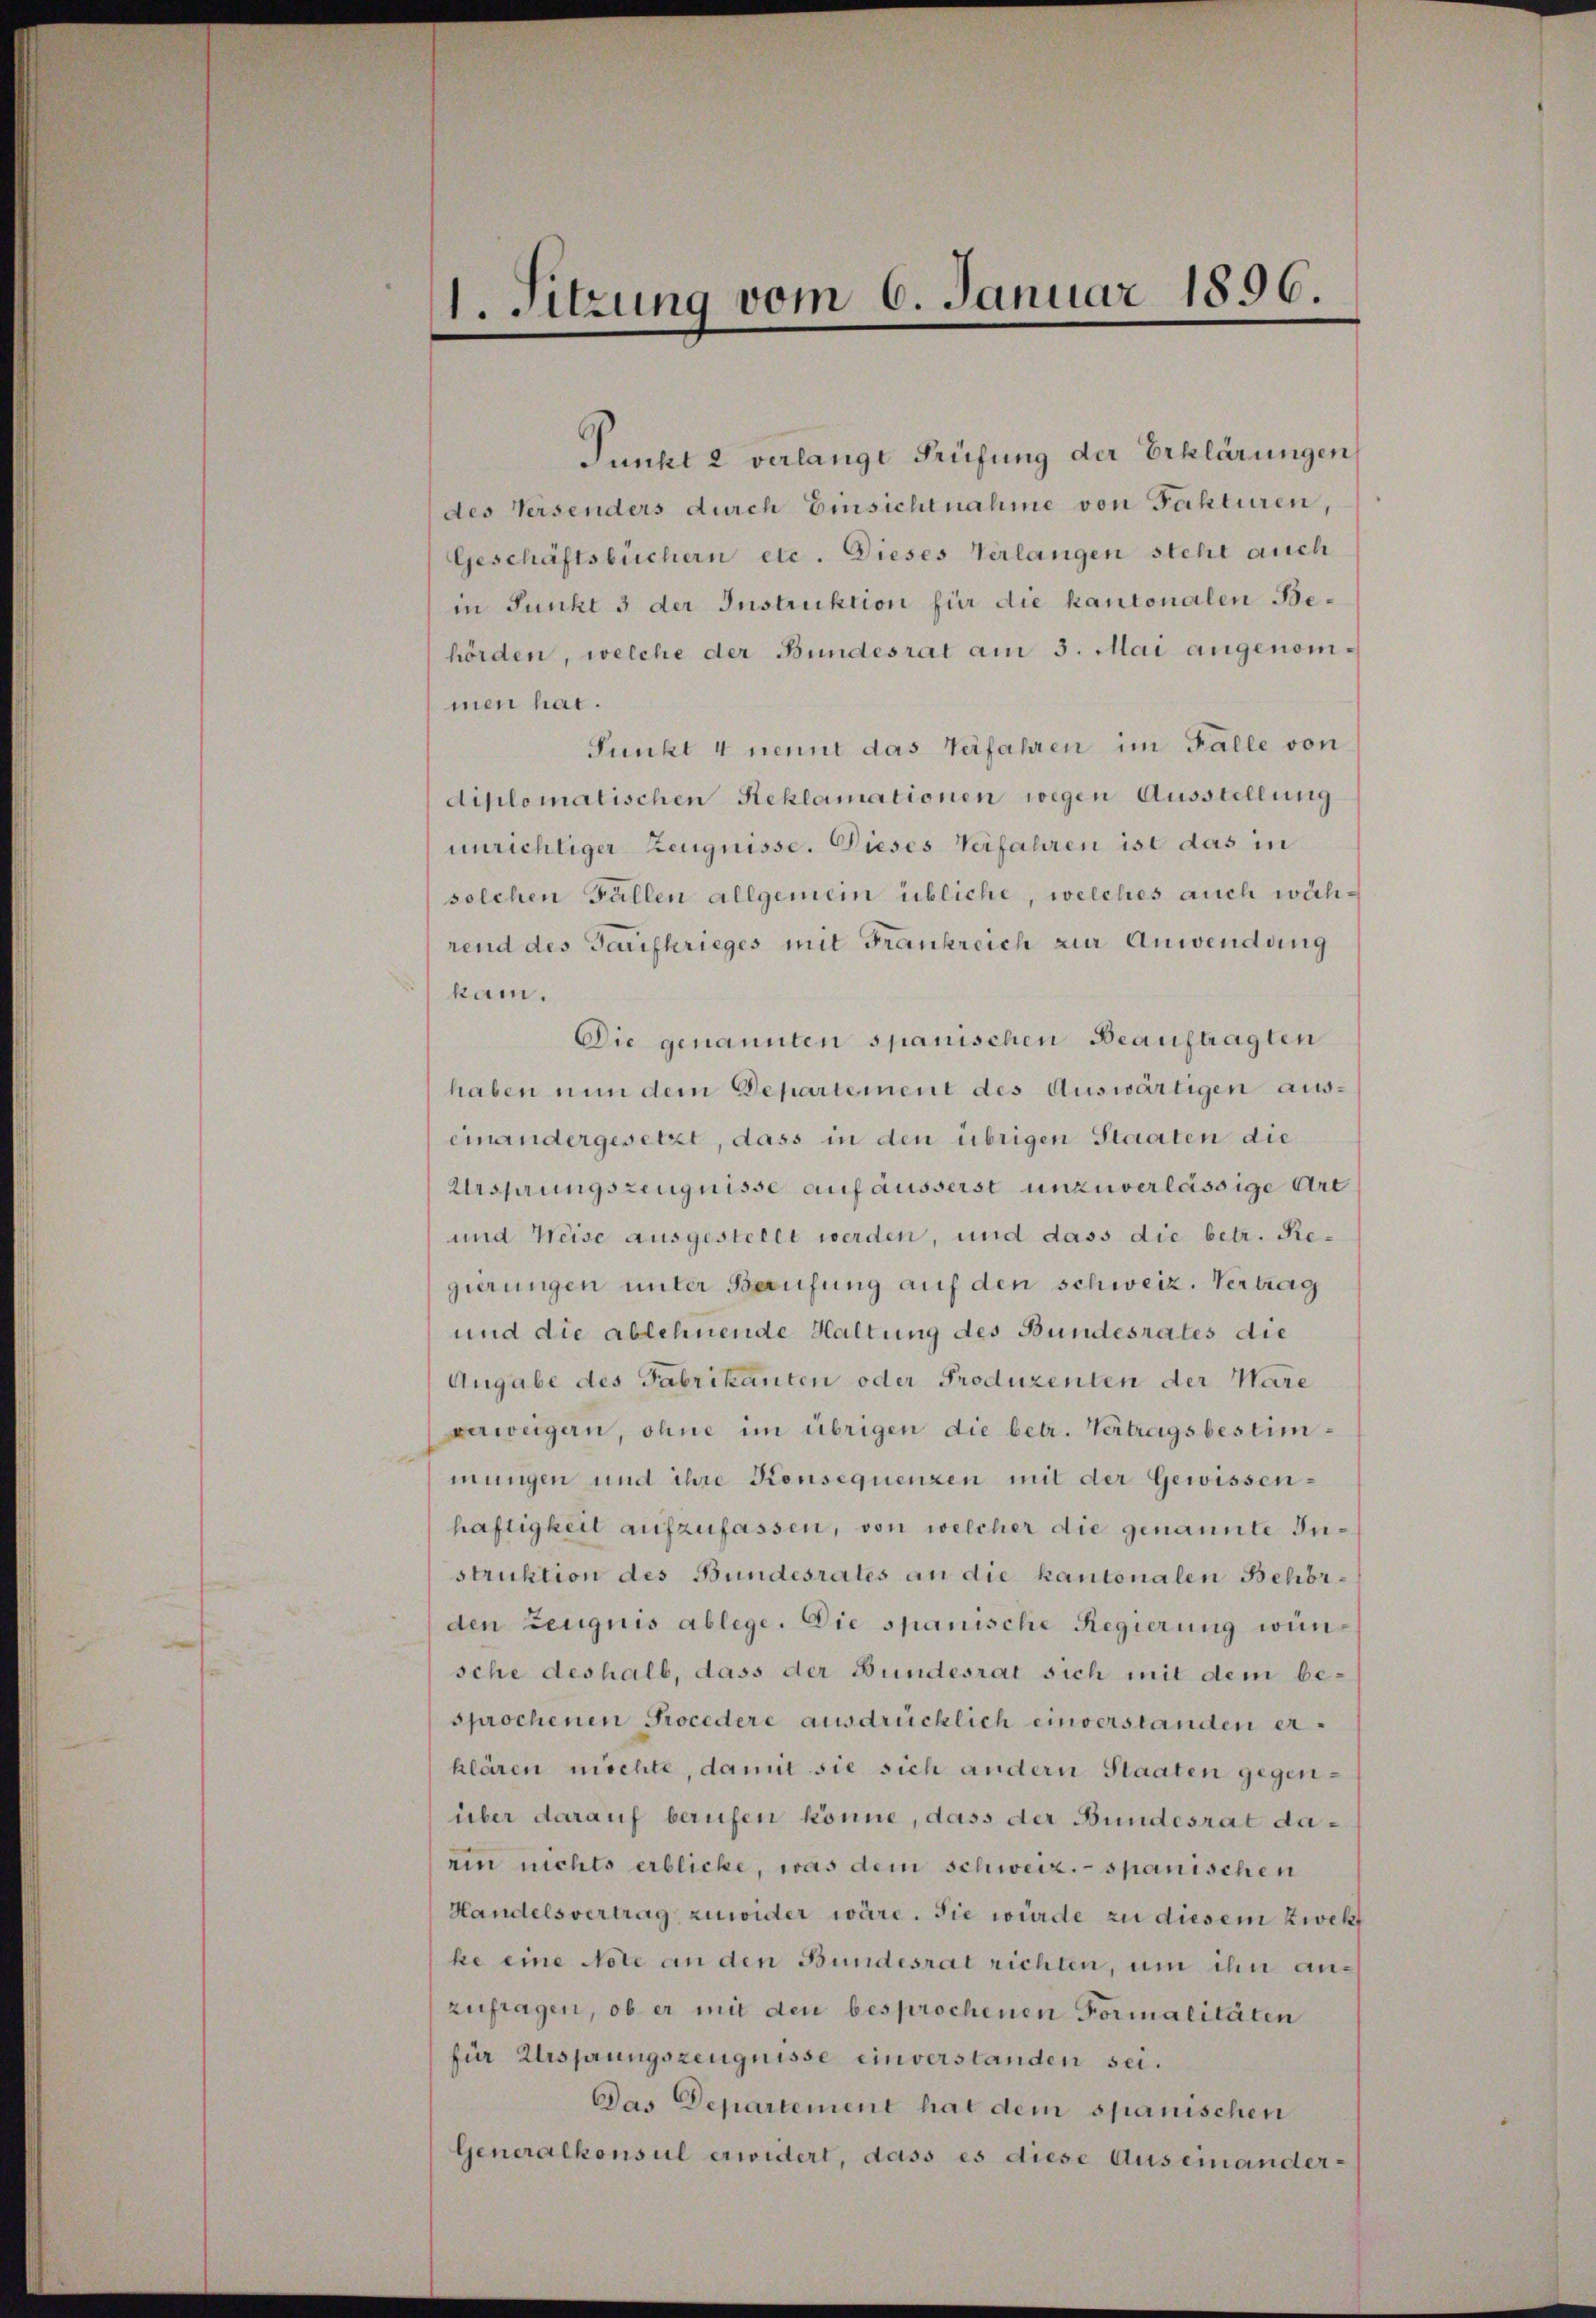
1. Sitzung vom 6. Januar 1896.

Junkt 2 verlange Prüfung der Erklärungen
des Versenders durch Einsichtnahme von Fakturen,
Geschäftsbüchern etc. Dieses Verlangen steht auch
in Junkt 3 der Instruktion für die kantonalen Behörden, welche der Bundesrat am 3. Mai angenommen hat.
Punkt 4 nennt das Verfahren im Falle von
diplomatischen Reklamationen wegen Ausstellung
unrichtiger Zeugnisse. Dieses Verfahren ist das in
solchen Fällen allgemein übliche, welches auch während des Tarifkrieges mit Frankreich zur Anwendung
kam.
Die genannten spanischen Beauftragten
haben nun dem Departement des Auswärtigen auseinandergesetzt, dass in den übrigen Staaten die
Ursprungszeugnisse auf äusserst unzuverlässige Art
und Weise ausgestellt werden, und dass die betr. Regierungen unter Baufung auf den schweiz. Vertrag
und die ablehnende Haltung des Bundesrates die
Angabe des Fabrikanten oder Produzenten der Ware
verweigern, ohne im übrigen die betr. Vertragsbestimmungen und ihre Konsequenzen mit der Gewissenhäftigkeit aufzufassen, von welcher die genannte Instruktion des Bundesrates an die kantonalen Behörden Zeugnis ablege. Die spanische Regierung wünsche deshalb, dass der Bundesrat sich mit dem besprochenen Procedere ausdrücklich einverstanden erklären möchte, damit sie sich andern Staaten gegenüber darauf berufen könne, dass der Bundesrat daein nichts erblicke, was dem schweiz.- spanischen
Handelsvertrag zuwider wäre. Sie würde zu diesem Zwek
ke eine Note an den Bundesrat richten, um ihn anzufragen, ob er mit den besprochenen Formalitäten
für Ursprungszeugnisse einverstanden sei.
Das Departement hat dem spanischen
Generalkonsul erwidert, dass es diese Auseinander¬